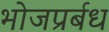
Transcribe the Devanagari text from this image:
भोजप्रर्बध